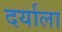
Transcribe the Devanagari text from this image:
दर्याला